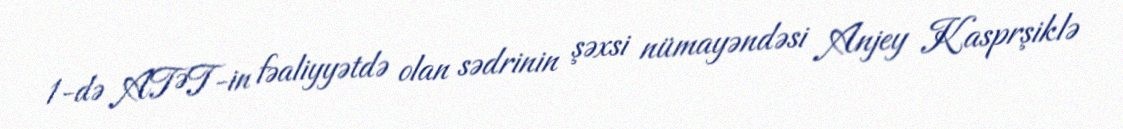
1-də ATƏT-in fəaliyyətdə olan sədrinin şəxsi nümayəndəsi Anjey Kasprşiklə